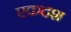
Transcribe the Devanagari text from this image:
एकदश